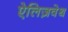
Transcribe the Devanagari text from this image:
ऐलिज़वेथ